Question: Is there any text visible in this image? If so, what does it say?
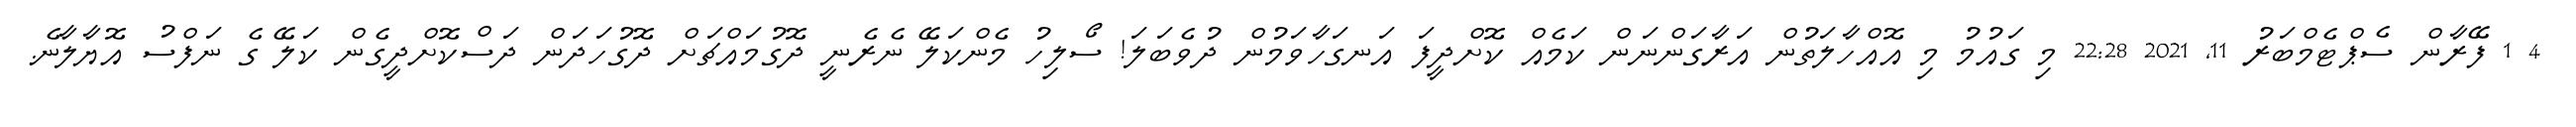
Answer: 4 1 ފޭރާން ސެޕްޓެމްބަރު 11, 2021 22:28 މި ގައުމު މި އޮއްހާލަތުން އަރާގަންނަން ކަމެއް ކޮށްދީފަ އަނގަހާވަމުން ދުވެބަލަ! ސޯލިހު މެންކަލޭ ނެރެނީ ދޮގުމައްޗަށް ދޮގުހަދަން ދަސްކޮށްދީގެން ކަލޭ ގެ ނަފްސު އޮޔާލާނެ.